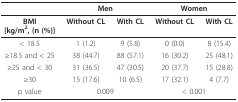
|  | <COLSPAN=2> Men | <COLSPAN=2> Women |
 | --- | --- | --- | --- | --- |
 | BMI[kg/m2, (n (%)] | Without CL | With CL | Without CL | With CL |
 | < 18.5 | 1 (1.2) | 9 (5.8) | 0 (0.0) | 8 (15.4) |
 | ≥18.5 and < 25 | 38 (44.7) | 88 (57.1) | 16 (30.2) | 25 (48.1) |
 | ≥25 and < 30 | 31 (36.5) | 47 (30.5) | 20 (37.7) | 15 (28.8) |
 | ≥30 | 15 (17.6) | 10 (6.5) | 17 (32.1) | 4 (7.7) |
 | p value | <COLSPAN=2> 0.009 | <COLSPAN=2> < 0.001 |